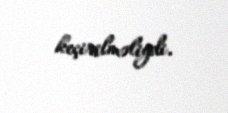
keçirilməliydi.